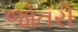
જોતરી